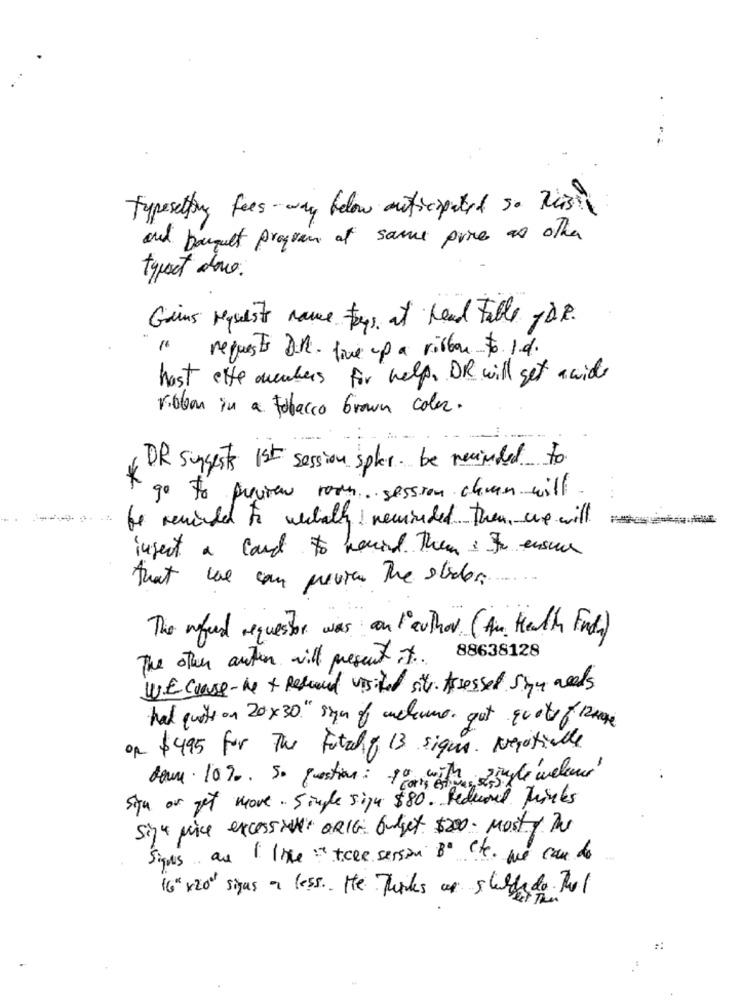
Typesetting fees -way below anticipated so Raising
and bouquet program at same porce as other
typect dowe.
Gains Maseste name Boys at Read Table TD.P.
" requests Dill- five up a ribbon to 1.d.
hast ette members for help, DR will get a wide
ribbon in a tobacco brown color.
DR suggests 1st session spher. be necimaled to
*
go to preview room session chan will
be reminded to wetall reminded. then, we will
infect a card to hoved Them : to ensure
that we can previa the stider.
The mefeel requestor was an l'author (An. Health Finde)
The other auton will present it.
88638128
WE coase-Ne + Refund visited site. Assessed Sige needs
hat quots on 20x30" sign of ancheame. gut quity f 12have
on $495 for The fataly 13 sigue. Negotiable
down. 10%0. So question: 10 with single welever'
sign or get more. Single sign $80. Reducared Thinks
Sig4 price excessive ORIG budget $200. most y De
Sigues au I like :" ticee session Be cte. we can do
16"x20" signs a less. He Thinks or schilde do not
#: